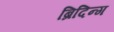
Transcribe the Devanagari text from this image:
ब्रिदिन्ग